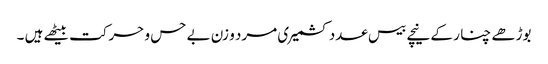
بوڑھے چنا ر کے نیچے بیس عدد کشمیری مرد و زن بے حس و حرکت بیٹھے ہیں ۔